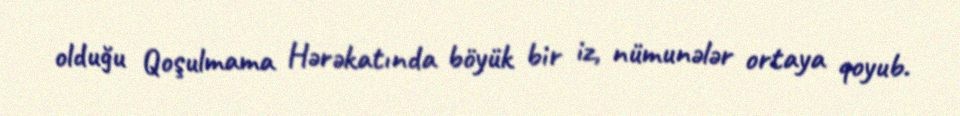
olduğu Qoşulmama Hərəkatında böyük bir iz, nümunələr ortaya qoyub.